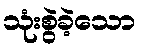
သုံးစွဲခဲ့သော